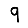
Digit: 9